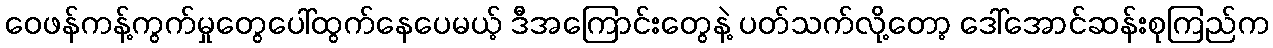
ဝေဖန်ကန့်ကွက်မှုတွေပေါ်ထွက်နေပေမယ့် ဒီအကြောင်းတွေနဲ့ ပတ်သက်လို့တော့ ဒေါ်အောင်ဆန်းစုကြည်က